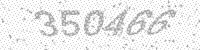
Solution: 350466